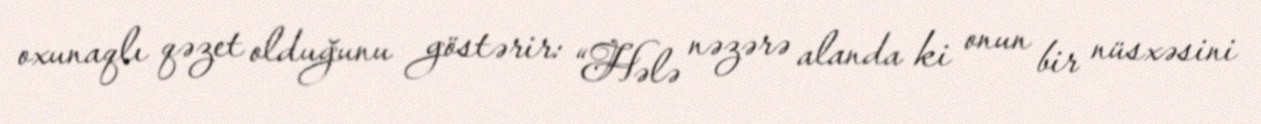
oxunaqlı qəzet olduğunu göstərir: “Hələ nəzərə alanda ki onun bir nüsxəsini